Leaving Certificate Examination (including Day School Certificate (Higher) General paper), 1926
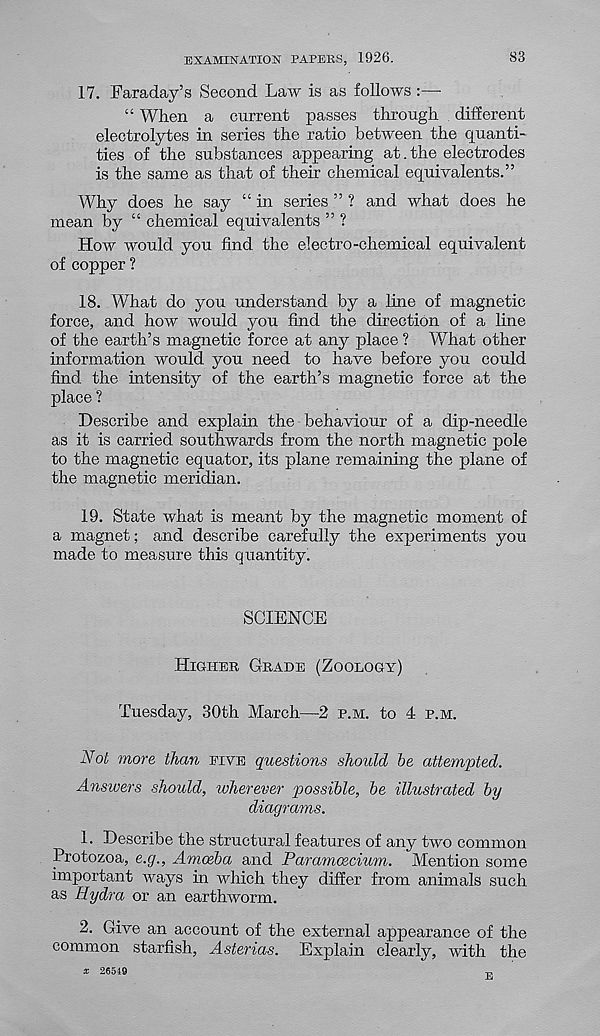
EXAMINATION PAPERS, 1926.
83
17. Faraday’s Second Law is as follows:—-
“ When a current passes through different
electrolytes in series the ratio between the quanti-
ties of the substances appearing at.the electrodes
is the same as that of their chemical equivalents.”
Why does he say “ in series ” ? and what does he
mean by “ chemical equivalents ” ?
How would you find the elec tro-chemical equivalent
of copper ?
18. What do you understand by a line of magnetic
force, and how would you find the direction of a line
of the earth’s magnetic force at any place ? What other
information would you need to have before you could
find the intensity of the earth’s magnetic force at the
place ?
Describe and explain the behaviour of a dip-needle
as it is carried southwards from the north magnetic pole
to the magnetic equator, its plane remaining the plane of
the magnetic meridian.
19. State what is meant by the magnetic moment of
a magnet; and describe carefully the experiments you
made to measure this quantity.
SCIENCE
Higher Grade (Zoology)
Tuesday, 30th March—2 p.m. to 4 p.m.
Not more than eive questions should be attempted.
Answers should, wherever possible, be illustrated by
diagrams.
L Describe the structural features of any two common
Protozoa, e.g., Amoeba and Paramoecium. Mention some
important ways in which they differ from animals such
as Hydra or an earthworm.
2. Give an account of the external appearance of the
common starfish, Asterias. Explain clearly, with the
x 26549